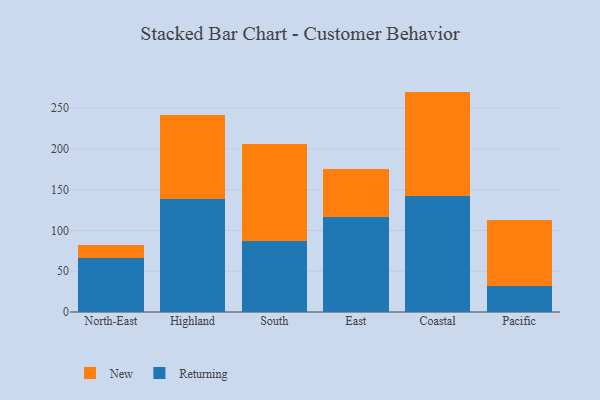
{"axis": {"x": "Region", "y": "Waste Production (Tons)"}, "legend": ["New", "Returning"], "data": [{"x": "North-East", "y": 66.0, "type": "Returning"}, {"x": "North-East", "y": 16.2, "type": "New"}, {"x": "Highland", "y": 139.2, "type": "Returning"}, {"x": "Highland", "y": 102.8, "type": "New"}, {"x": "South", "y": 87.2, "type": "Returning"}, {"x": "South", "y": 119.2, "type": "New"}, {"x": "East", "y": 116.1, "type": "Returning"}, {"x": "East", "y": 58.9, "type": "New"}, {"x": "Coastal", "y": 141.7, "type": "Returning"}, {"x": "Coastal", "y": 128.6, "type": "New"}, {"x": "Pacific", "y": 31.4, "type": "Returning"}, {"x": "Pacific", "y": 81.2, "type": "New"}]}